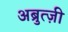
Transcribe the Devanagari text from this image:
अब्रुत्ज़ी